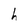
Character: h